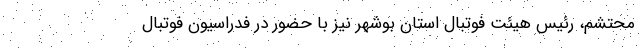
محتشم، رئیس هیئت فوتبال استان بوشهر نیز با حضور در فدراسیون فوتبال